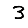
Digit: 3